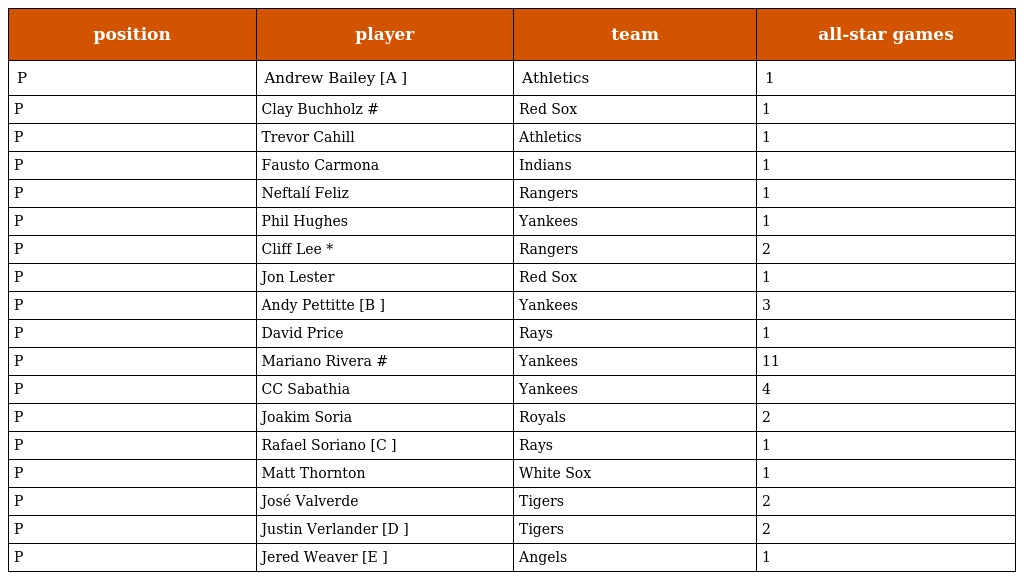
| position | player | team | all-star games |
 | --- | --- | --- | --- |
 | P | Andrew Bailey [A ] | Athletics | 1 |
 | P | Clay Buchholz # | Red Sox | 1 |
 | P | Trevor Cahill | Athletics | 1 |
 | P | Fausto Carmona | Indians | 1 |
 | P | Neftalí Feliz | Rangers | 1 |
 | P | Phil Hughes | Yankees | 1 |
 | P | Cliff Lee * | Rangers | 2 |
 | P | Jon Lester | Red Sox | 1 |
 | P | Andy Pettitte [B ] | Yankees | 3 |
 | P | David Price | Rays | 1 |
 | P | Mariano Rivera # | Yankees | 11 |
 | P | CC Sabathia | Yankees | 4 |
 | P | Joakim Soria | Royals | 2 |
 | P | Rafael Soriano [C ] | Rays | 1 |
 | P | Matt Thornton | White Sox | 1 |
 | P | José Valverde | Tigers | 2 |
 | P | Justin Verlander [D ] | Tigers | 2 |
 | P | Jered Weaver [E ] | Angels | 1 |